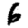
Digit: 6